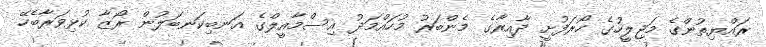
ރައްޔިތުންގެ މަޖިލީހުގެ ހޯރަފުށީ ދާއިރާގެ މެންބަރު މުހައްމަދު އިސްމާއީލްގެ އަނބިކަނބަލުން ރޯޒާ ކުޅިވަރާބެހޭ